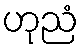
ဟုညံ